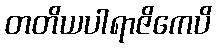
တတိယပါရာဇိကေပိ